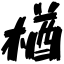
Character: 楢